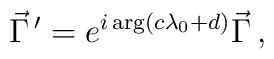
\vec{\Gamma}^{\, \prime} = e^{i\arg(c\lambda_{0}+d)} \vec{\Gamma}\, ,